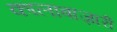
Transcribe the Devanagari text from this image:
कालाबाज़ारी